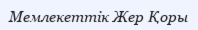
Мемлекеттік Жер Қоры